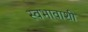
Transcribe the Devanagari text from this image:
स्वभावाशी